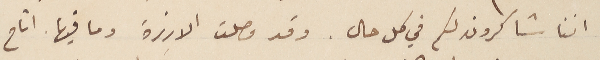
اننا شاكرون لكم في كل حال. وقد وصلت الارزة وما فيها اتاح